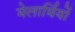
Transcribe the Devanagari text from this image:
मेलार्थियों